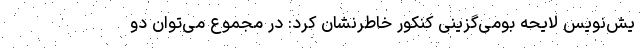
یش‌نویس لایحه بومی‌گزینی کنکور خاطرنشان کرد: در مجموع می‌توان دو